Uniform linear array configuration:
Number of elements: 48
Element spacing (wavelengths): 0.25
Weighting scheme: uniform
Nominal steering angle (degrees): -45
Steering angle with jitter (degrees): -44.159
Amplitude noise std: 0.05
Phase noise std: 0.05

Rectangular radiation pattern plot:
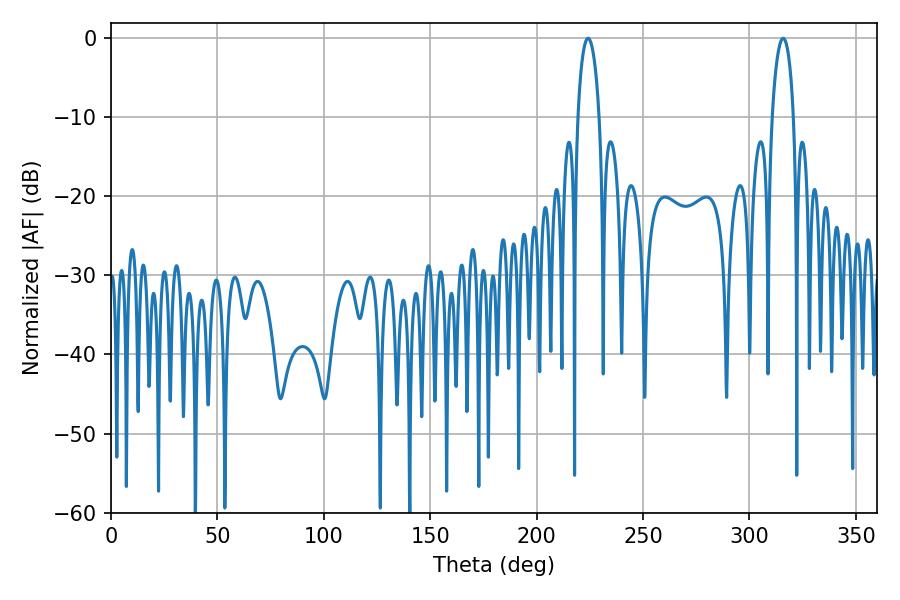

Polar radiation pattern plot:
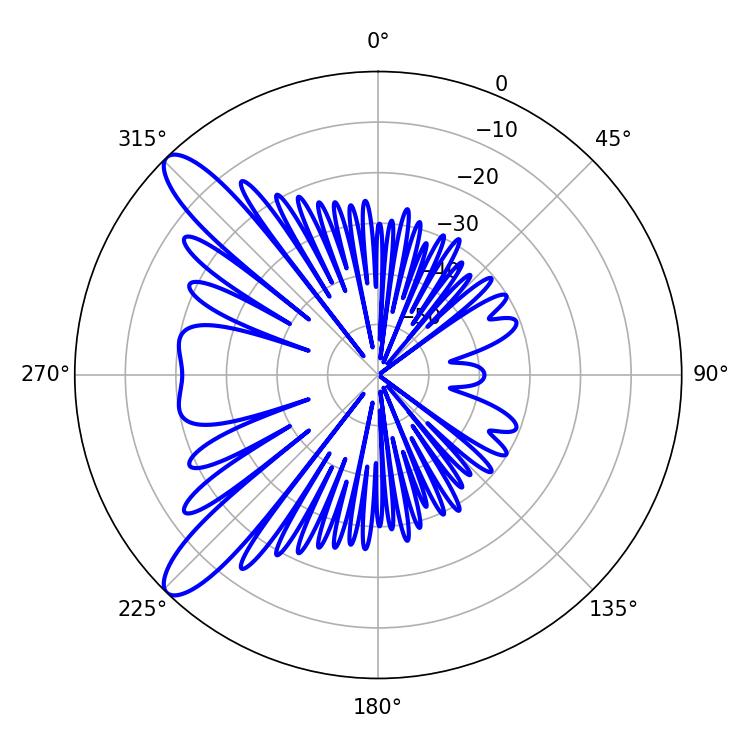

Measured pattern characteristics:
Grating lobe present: FALSE
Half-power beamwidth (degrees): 5.76
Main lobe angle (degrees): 315.9